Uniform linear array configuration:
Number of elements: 16
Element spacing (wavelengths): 0.25
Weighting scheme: cosine
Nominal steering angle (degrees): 0
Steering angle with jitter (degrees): -1.14
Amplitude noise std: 0.05
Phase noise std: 0.05

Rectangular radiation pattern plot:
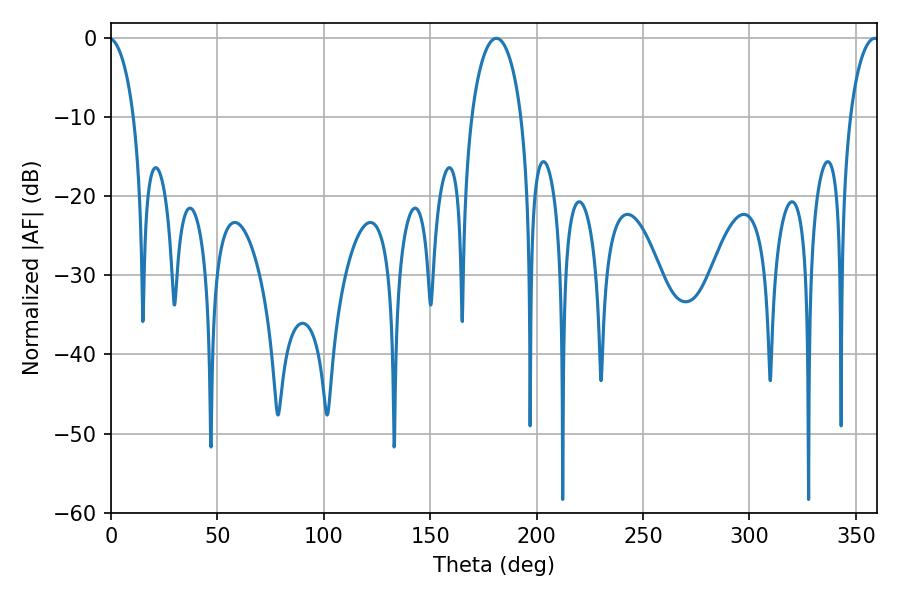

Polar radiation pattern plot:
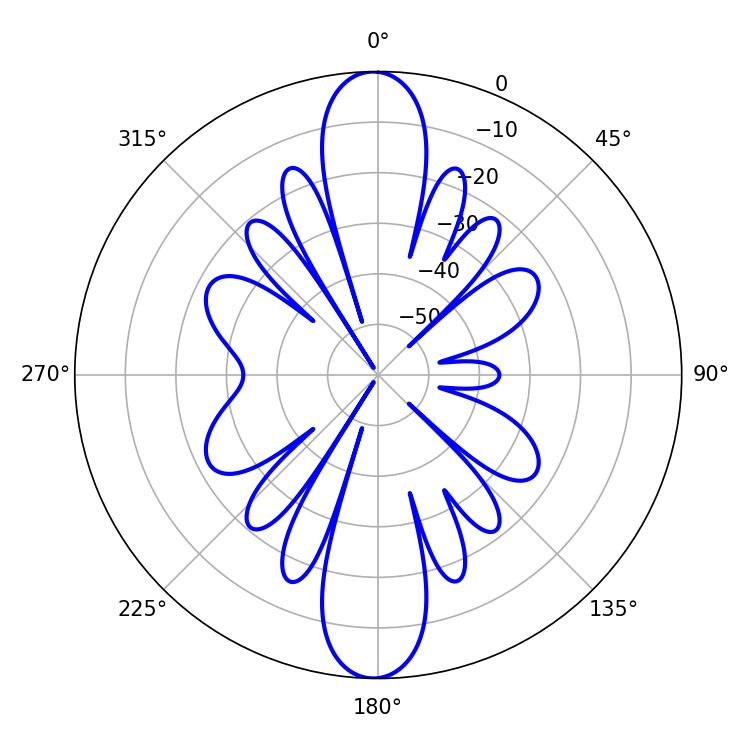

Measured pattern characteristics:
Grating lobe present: FALSE
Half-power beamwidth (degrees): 13.32
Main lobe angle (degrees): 181.08